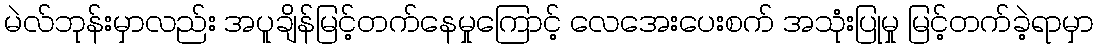
မဲလ်ဘုန်းမှာလည်း အပူချိန်မြင့်တက်နေမှုကြောင့် လေအေးပေးစက် အသုံးပြုမှု မြင့်တက်ခဲ့ရာမှာ